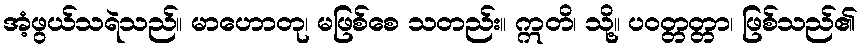
အံ့ဖွယ်သရဲသည်။ မာဟောတု၊ မဖြစ်စေ သတည်း။ ဣတိ၊ သို့။ ပဝတ္တတ္တာ၊ ဖြစ်သည်၏